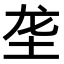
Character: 垄